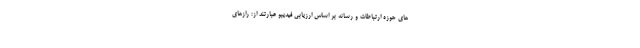
های حوزه ارتباطات و رسانه بر اساس ارزیابی فیدیبو عبارتند از: رازهای